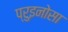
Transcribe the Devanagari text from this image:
प्रुइनोसा